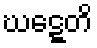
ဃဋ္ဋေတိ